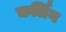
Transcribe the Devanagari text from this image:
कर्लिग